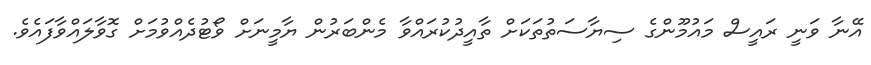
އޭނާ ވަނީ ރައީސް މައުމޫންގެ ސިޔާސަތުތަކަށް ތާއީދުކުރައްވާ މެންބަރުން ޔާމީނަށް ވޯޓުދެއްވުމަށް ގޮވާލައްވާފައެވެ.